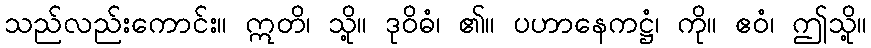
သည်လည်းကောင်း။ ဣတိ၊ သို့။ ဒုဝိဓံ၊ ၏။ ပဟာနေကဋ္ဌံ၊ ကို။ ဧဝံ၊ ဤသို့။